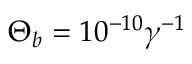
\Theta _ { b } = 1 0 ^ { - 1 0 } \gamma ^ { - 1 }